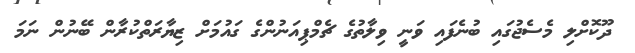
ދޫކޮށްލި މެސެޖުގައި ބުނެފައި ވަނީ ވިލާތުގެ ޗެމްޕިއަނުންގެ ގައުމަށް ޒިޔާރަތްކުރާން ބޭނުން ނަމަ